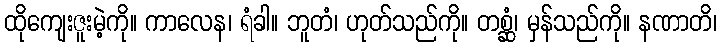
ထိုကျေးဇူးမဲ့ကို။ ကာလေန၊ ရံခါ။ ဘူတံ၊ ဟုတ်သည်ကို။ တစ္ဆံ၊ မှန်သည်ကို။ နဏာတိ၊